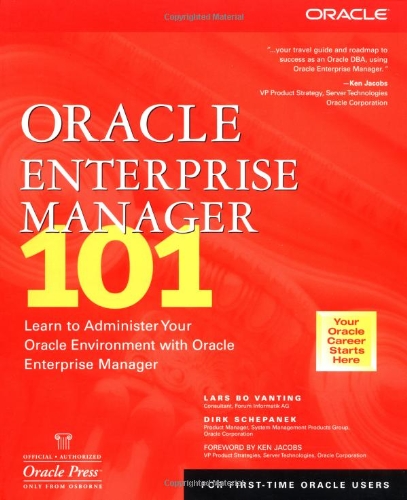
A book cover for Oracle Enterprise Manager 101; Computers & Technology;